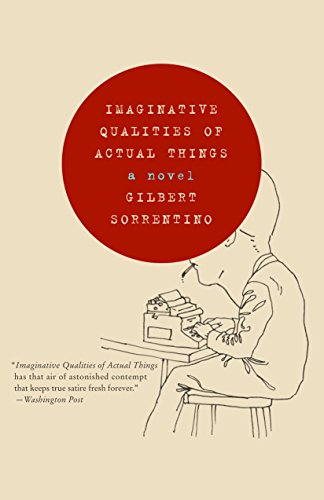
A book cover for Imaginative Qualities of Actual Things; Gilbert Sorrentino; Literature & Fiction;